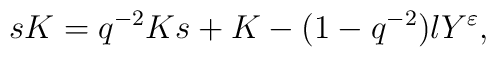
s K=q^{-2} K s + K - (1 - q^{-2}) l Y^{\varepsilon},